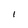
Character: 1